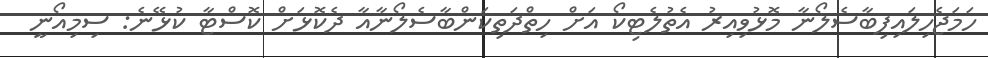
ހަމަޖެހިލައިފިބާސެލޯނާ މޮޅުވިއިރު އެތުލެޓިކޯ އަށް ހިތްދަތިކަންބާސެލޯނާއާ ދެކޮޅަށް ކޮސްޓާ ކުޅޭނެ: ސިމިއޯނީ